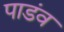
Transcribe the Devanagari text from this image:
पाडंव